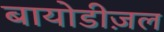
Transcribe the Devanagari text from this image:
बायोडीज़ल